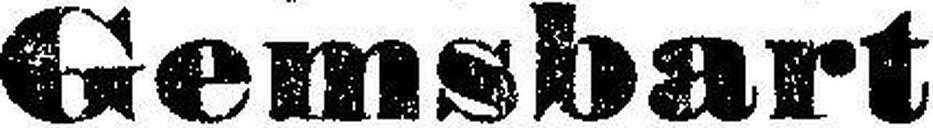
Gemsbart